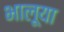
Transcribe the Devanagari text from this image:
भालूया